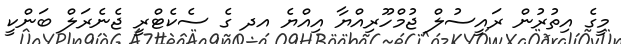
މީގެ އިތުރުން ރައީސުލް ޖުމްހޫރިއްޔާ އިއްޔެ އދ ގެ ސެކެޓްރީ ޖެނެރަލް ބަންކީ